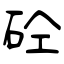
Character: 砼